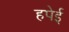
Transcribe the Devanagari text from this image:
हपेई